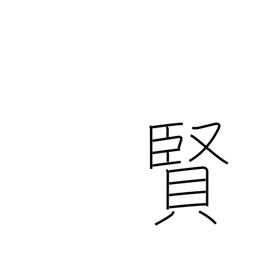
Meaning: wisdom